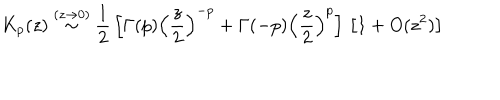
K _ { p } ( z ) \stackrel { ( z \rightarrow 0 ) } { \sim } \frac { 1 } { 2 } \, \left[ \Gamma ( p ) \left( \frac { z } { 2 } \right) ^ { - p } + \Gamma ( - p ) \left( \frac { z } { 2 } \right) ^ { p } \right] \, \left[ 1 + O ( z ^ { 2 } ) \right] \;